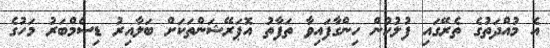
އެ މުއްދަތުގެ ތެރޭގައި ފުލުހުން ހިންގާފައިވާ ތަފާތު އޮޕަރޭޝަންތަކަށް ބަލާއިރު ޑިސެމްބަރު މަހުގެ